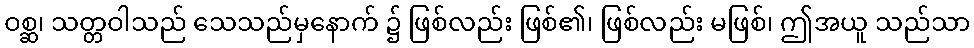
ဝစ္ဆ၊ သတ္တဝါသည် သေသည်မှနောက် ၌ ဖြစ်လည်း ဖြစ်၏၊ ဖြစ်လည်း မဖြစ်၊ ဤအယူ သည်သာ